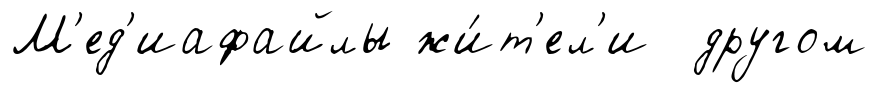
М'ед'иафайлы жи́т'ел'и другом